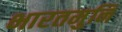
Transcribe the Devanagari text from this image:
भारतमुनि